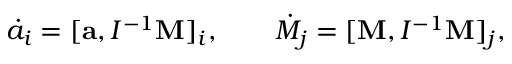
\begin{array} { r } { \dot { a } _ { i } = [ { \bf a } , I ^ { - 1 } { \bf M } ] _ { i } , \qquad \dot { M } _ { j } = [ { \bf M } , I ^ { - 1 } { \bf M } ] _ { j } , } \end{array}